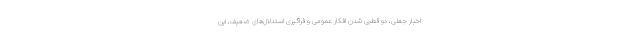
اخبار جعلی، دو قطبی شدن افکار عمومی و فراگیری استدلال‌های ضعیف، این